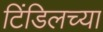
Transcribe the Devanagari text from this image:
टिंडिलच्या